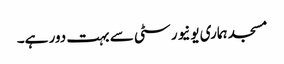
مسجد ہماری یونیورسٹی سے بہت دور ہے۔